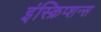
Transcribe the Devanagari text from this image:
इंस्क्रिप्शन्स